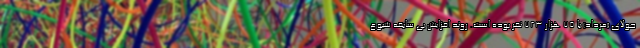
جولای (مرداد) با ۷۵ هزار ۷۲۳ نفر بوده است. روند افزایش بی سابقه شیوع